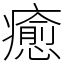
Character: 癒